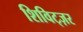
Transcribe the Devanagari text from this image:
शिविट्ज़र